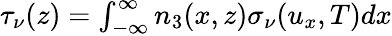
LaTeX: \begin{array}{r}{\tau_{\nu}(z)=\int_{-\infty}^{\infty}n_{3}(x,z)\sigma_{\nu}(u_{x},T)dx}\end{array}